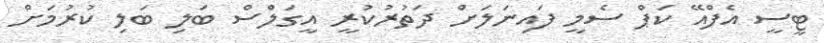
ޓީސީ އެފްއޭ ކަޕް ސެމީ ފައިނަލަށް ދަތުރުކުރީ އީގަލްސް ބަލި ބަލި ކުރުމަށް